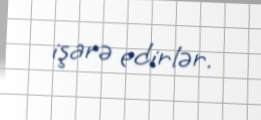
işarə edirlər.